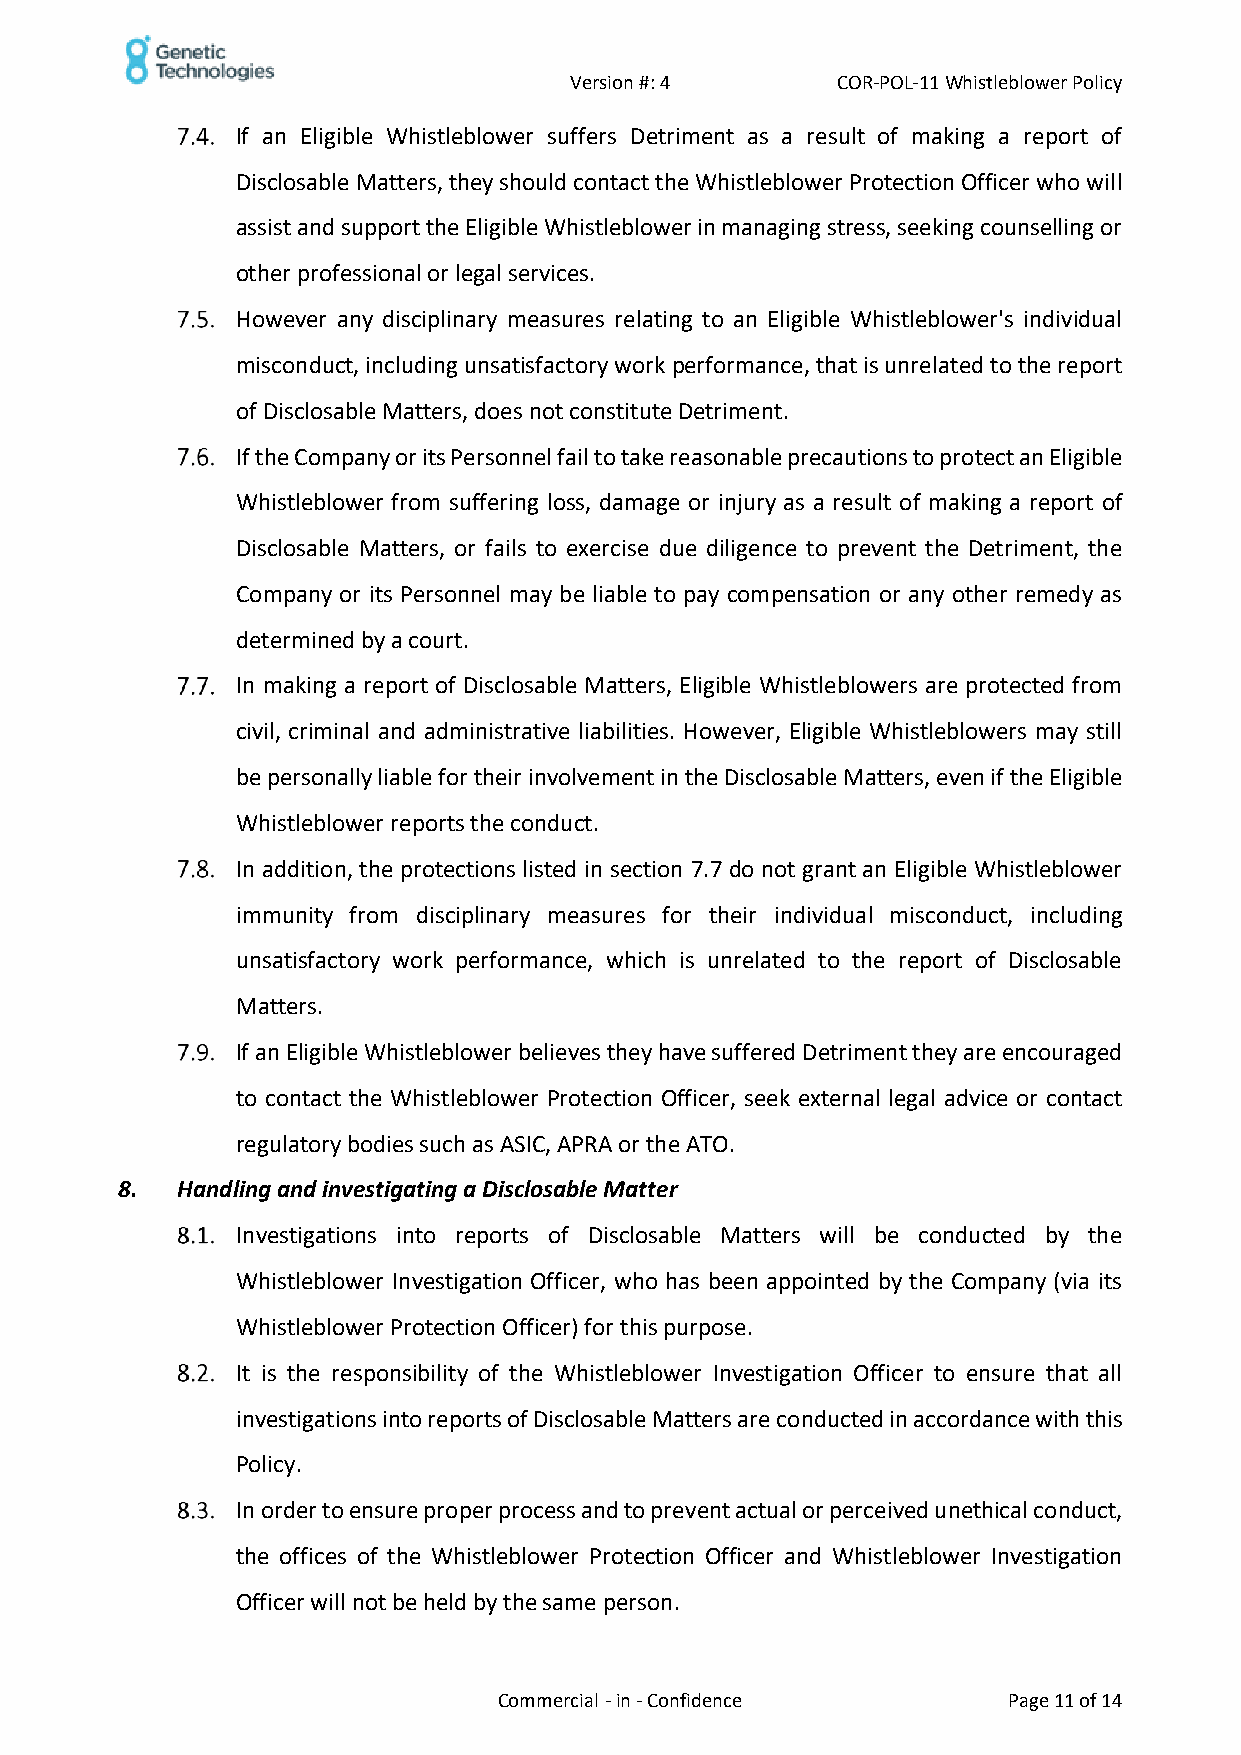
Version #: 4     COR-POL-11 Whistleblower Policy
 If an Eligible Whistleblower suffers Detriment as a result of making a report of
 Disclosable Matters, they should contact the Whistleblower Protection Officer who will
 assist and support the Eligible Whistleblower in managing stress, seeking counselling or
 other professional or legal services.
 However any disciplinary measures relating to an Eligible Whistleblower's individual
 misconduct, including unsatisfactory work performance, that is unrelated to the report
 of Disclosable Matters, does not constitute Detriment.
 If the Company or its Personnel fail to take reasonable precautions to protect an Eligible
 Whistleblower from suffering loss, damage or injury as a result of making a report of
 Disclosable Matters, or fails to exercise due diligence to prevent the Detriment, the
 Company or its Personnel may be liable to pay compensation or any other remedy as
 determined by a court.
 In making a report of Disclosable Matters, Eligible Whistleblowers are protected from
 civil, criminal and administrative liabilities. However, Eligible Whistleblowers may still
 be personally liable for their involvement in the Disclosable Matters, even if the Eligible
 Whistleblower reports the conduct.
 In addition, the protections listed in section 7.7 do not grant an Eligible Whistleblower
 immunity from disciplinary measures for their individual misconduct, including
 unsatisfactory work performance, which is unrelated to the report of Disclosable
 Matters.
 If an Eligible Whistleblower believes they have suffered Detriment they are encouraged
 to contact the Whistleblower Protection Officer, seek external legal advice or contact
 regulatory bodies such as ASIC, APRA or the ATO.
 8.  Handling and investigating a Disclosable Matter
 Investigations into reports of Disclosable Matters will be conducted by the
 Whistleblower Investigation Officer, who has been appointed by the Company (via its
 Whistleblower Protection Officer) for this purpose.
 It is the responsibility of the Whistleblower Investigation Officer to ensure that all
 investigations into reports of Disclosable Matters are conducted in accordance with this
 Policy.
 In order to ensure proper process and to prevent actual or perceived unethical conduct,
 the offices of the Whistleblower Protection Officer and Whistleblower Investigation
 Officer will not be held by the same person.
 Commercial - in - Confidence      Page 11 of 14